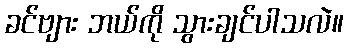
ခင်ဗျား ဘယ်ကို သွားချင်ပါသလဲ။